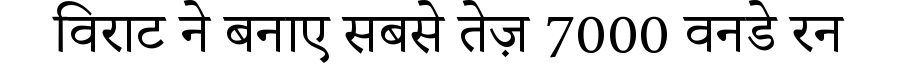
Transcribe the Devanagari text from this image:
विराट ने बनाए सबसे तेज़ 7000 वनडे रन